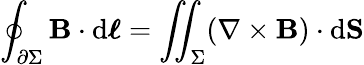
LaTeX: \oint_{\partial\Sigma}\mathbf{B}\cdot\mathrm{d}{\boldsymbol{\ell}}=\iint_{\Sigma}(\nabla\times\mathbf{B})\cdot\mathrm{d}\mathbf{S}